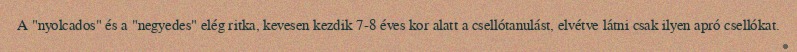
A "nyolcados" és a "negyedes" elég ritka, kevesen kezdik 7-8 éves kor alatt a csellótanulást, elvétve látni csak ilyen apró csellókat.